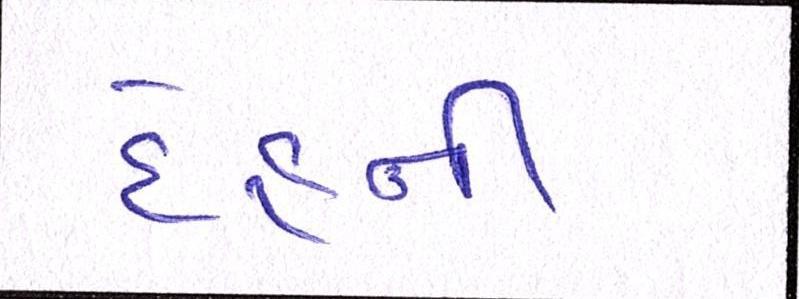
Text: દેહની